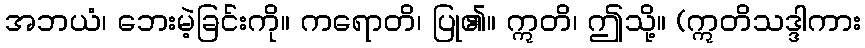
အဘယံ၊ ဘေးမဲ့ခြင်းကို။ ကရောတိ၊ ပြု၏။ ဣတိ၊ ဤသို့။ (ဣတိသဒ္ဒါကား